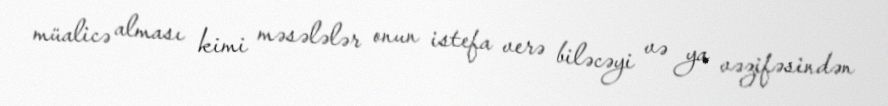
müalicə alması kimi məsələlər onun istefa verə biləcəyi və ya vəzifəsindən